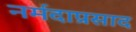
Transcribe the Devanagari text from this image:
नर्मदाप्रसाद